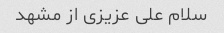
سلام علی عزیزی از مشهد